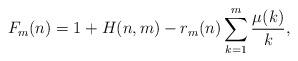
LaTeX: \begin{align*}F_m (n) = 1 + H(n,m) - r_m(n) \sum_{k=1}^m \frac{\mu(k)}{k},\end{align*}